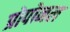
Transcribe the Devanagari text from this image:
प्रोपोनल